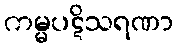
ကမ္မပဋိသရဏာ